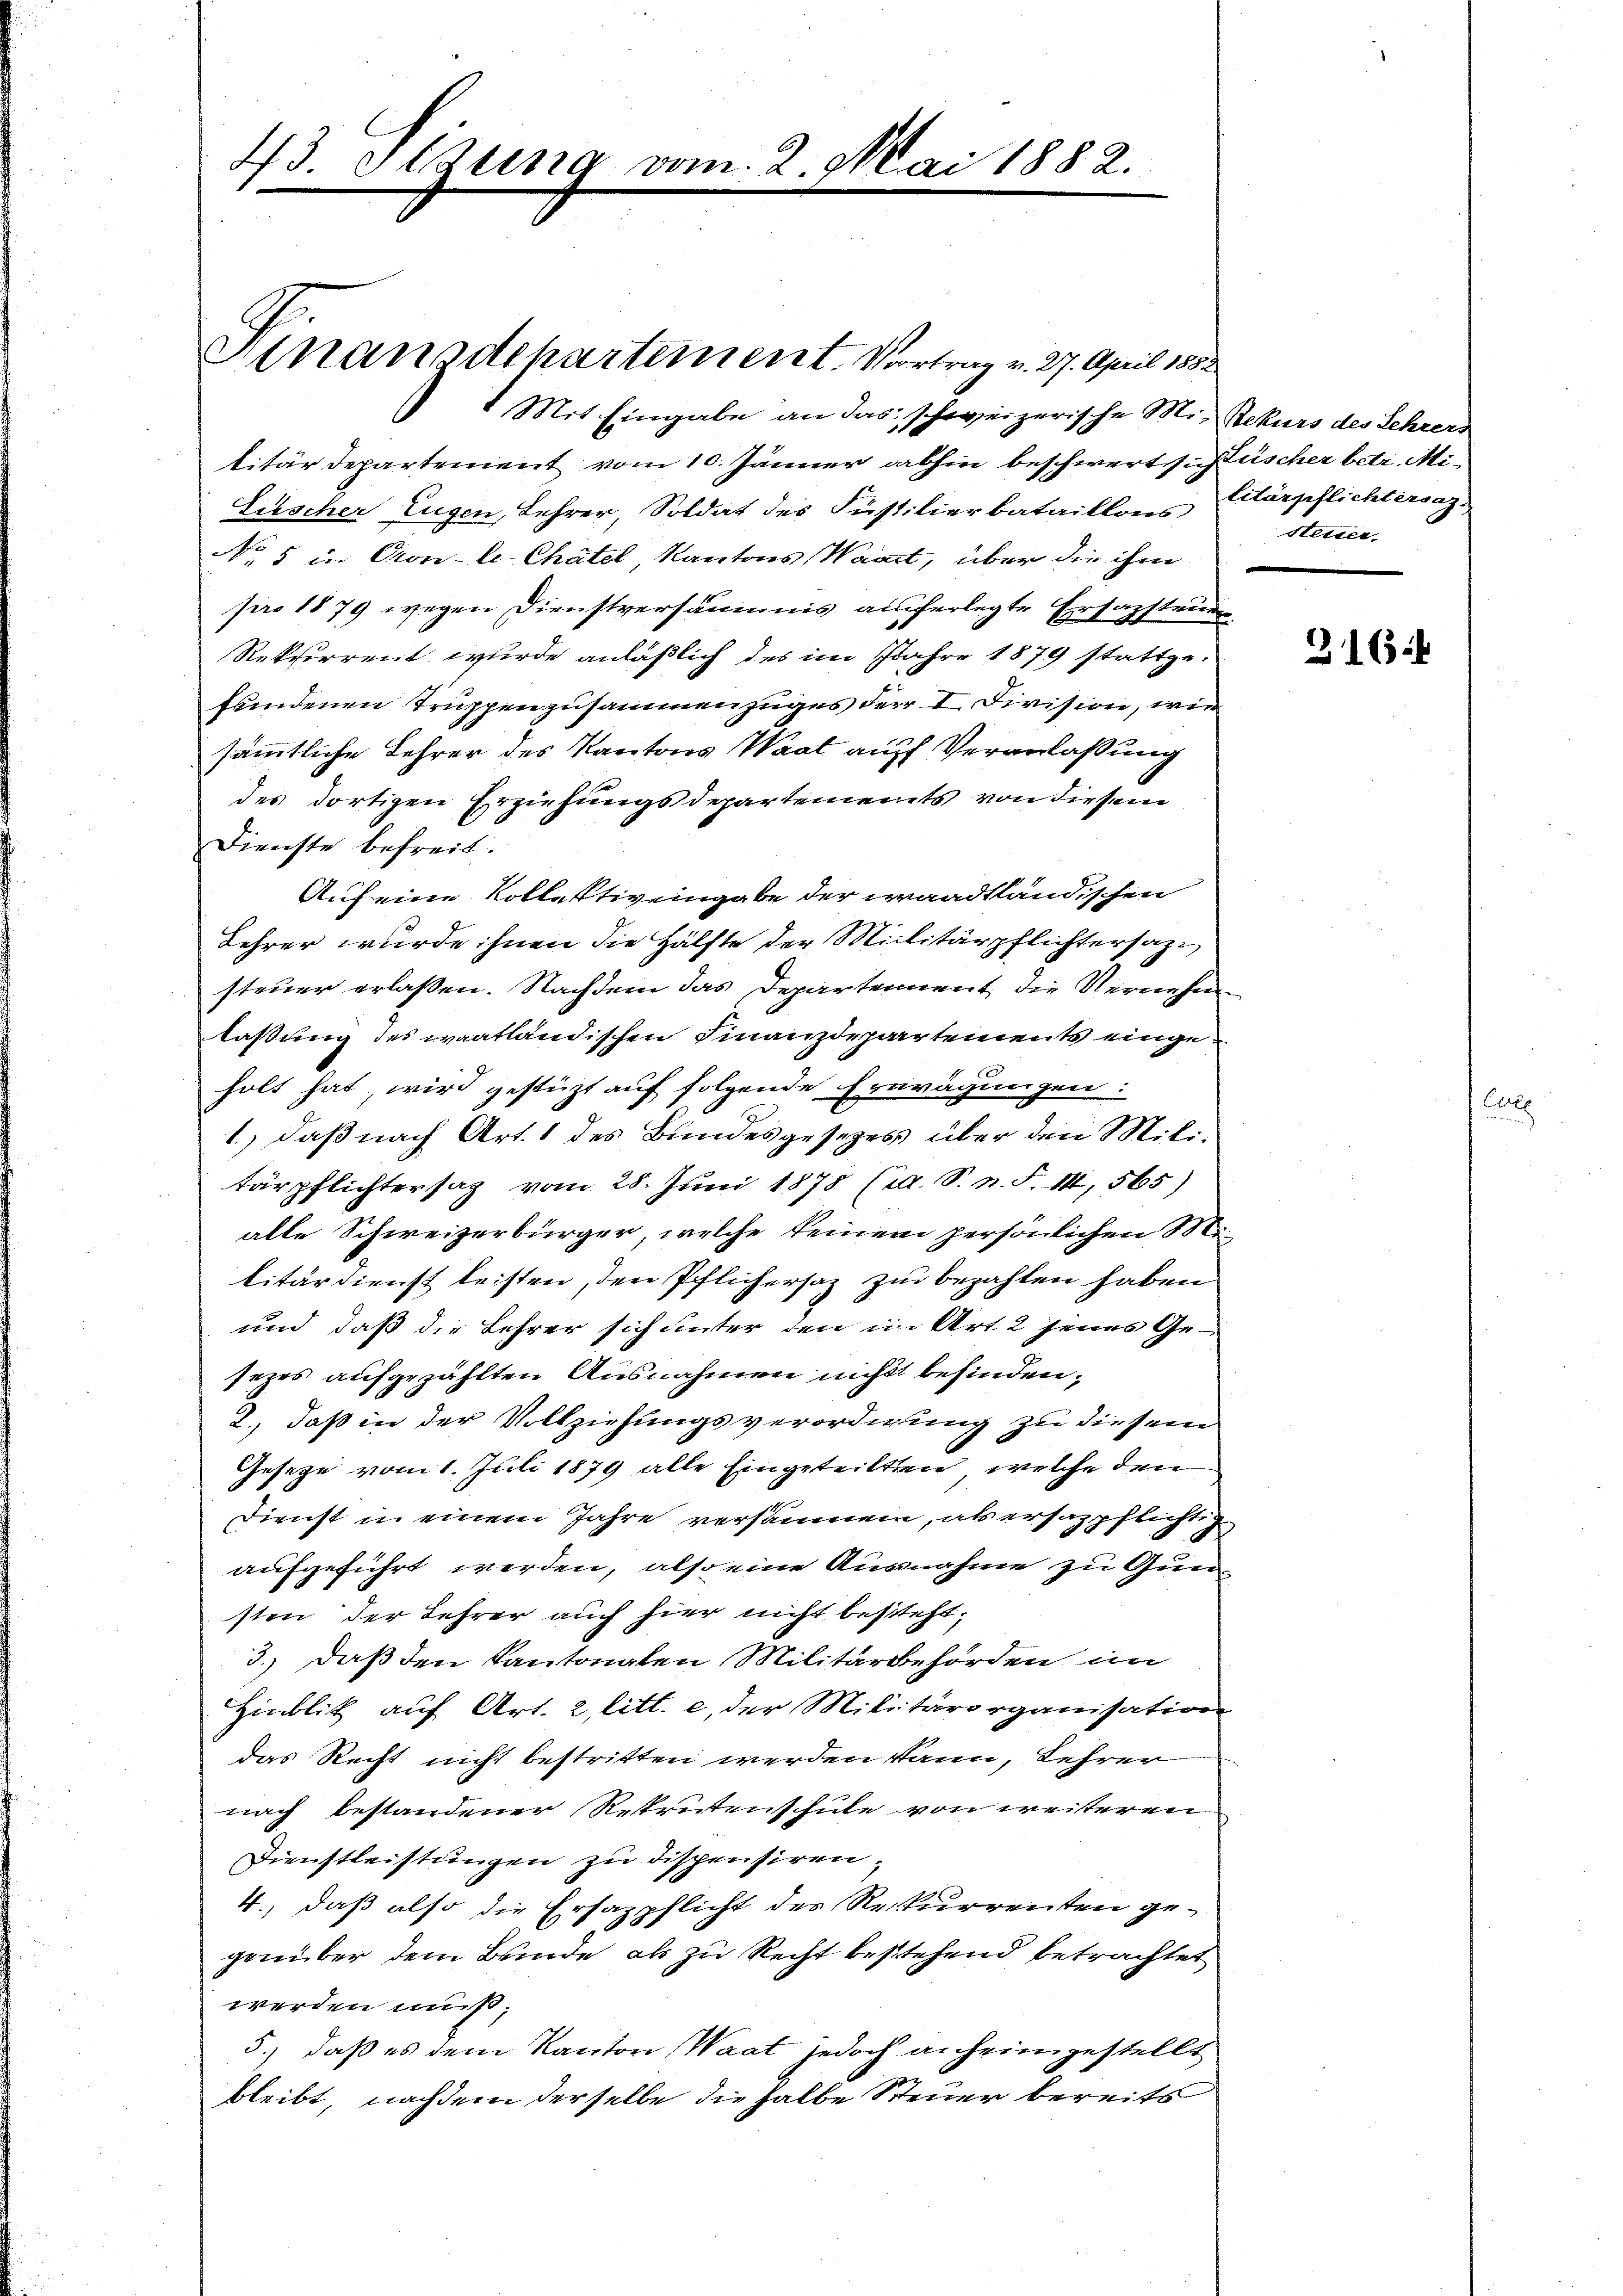
43. Sitzung vom 2. Mai 1882.

1 Mit Eingabe an das schweizerische Mit Rekurs des Lehrers
litärdepartement vom 10. Jänner abhin beschwert sistischer betr. Mi¬
Lischer Eugen, Lehrer, Soldat des Justilierbataillons Citärpflichtersaz.
No 5 in Cron-le Chatel, Kantons Waadt, über die ihm
pro 1879 wegen Dienstversäumis auferlegte Ersazsteuer¬
Rekurrent wurde anläßlich des im Jahre 1879 stattgefundenen Truppenzusammenzuges der I. Division, wie
sämmtliche Lehrer des Kantons Waat auf Veranlaßung
des dortigen Erziehungsdepartements von diesem
Dienste befreit.
Auf eine Kollativ eingabe der waadtländischen
Lehrer wurde ihnen die Hälfte der Militärpflichtersazsteuer erlaßen. Nachdem das Departement die Vernehm
laßung des waatländischen Finanzdepartements eingeholt hat wird gestürzt auf folgende Erwägungen:
1.) daß nach Art. 1 des Bundesgesezes über den Militärpflichtersaz vom 28. Juni 1878 (id. S. n. F. III, 565)
alle Schweizerbürger, welche keinem persönlichen M.
litärdienst leisten, den Pflichersaz zu bezahlen haben
und daß die Lehrer sich unter den in Art. 2 jenes Ge-
sezes aufgezählten Ausnahmen nicht befinden,
2., daß in der Vollziehungsverordnung zu diesem
6
Gesetze vom 1. Juli 1879 alle Eingeteilten, welche den
Dienst in einem Jahre versäumen, als ersazpflichtig
aufgeführt werden, also eine Ausnahme zu Gunsten der Lehrer auch hier nicht besteht,
3.) Daß den Kantonalen Militärbehörden im
Hinblik auf Art. 2, litt. e, der Militärorganisation
das Recht nicht bestritten werden kann, Lehrer
nach bestandener Rekrutenschule von weiteren
Dienstleistungen zu dispensiren
4., daß also die Ersazpflicht des Rekurrenten gegenüber dem Bunde, als zu Recht bestehend betrachtet
werden muß,
5.) daß es dem Kanton Waat jedoch anheimgestellt
bleibt, nachdem derselbe die halbe Steuer bereits

Stnanzdepartement. Vortrag v. 27. April 1882

stesser,

316.